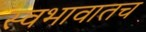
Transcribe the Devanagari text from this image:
स्वभावातच